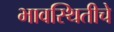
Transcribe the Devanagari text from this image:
भावस्थितीचे